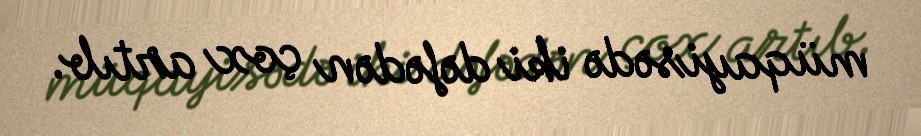
müqayisədə iki dəfədən çox artıb.